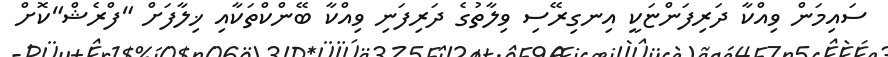
ސައިމަން ވިއްކާ ދަރިފަންޏަކީ އިނގިރޭސި ވިލާތުގެ ދަރިފަނި ވިއްކާ ބޭންކްތަކާއި ޚިލާފަށް "ފްރެޝް"ކޮށް